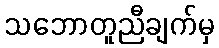
သဘောတူညီချက်မှ